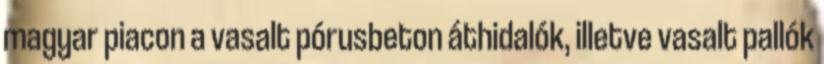
magyar piacon a vasalt pórusbeton áthidalók, illetve vasalt pallók